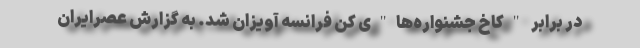
در برابر "کاخ جشنواره‌ها"ی کن فرانسه آویزان شد. به گزارش عصرایران